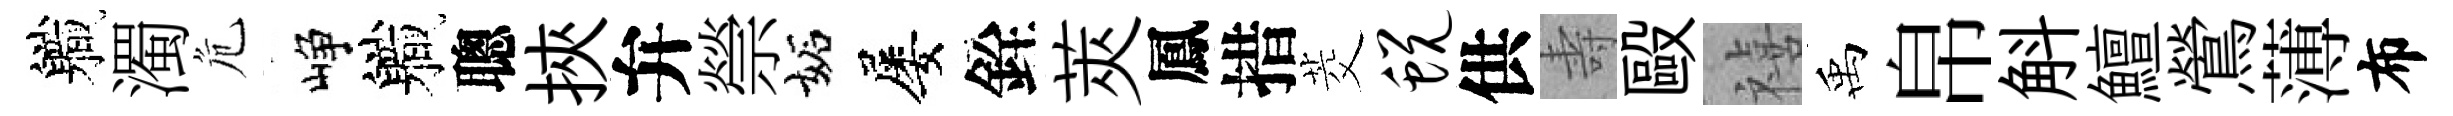
軄濁危峥軄聰挾弁禜妬屡銓莢鳳措茭蜕供壽毆禧禹帛斛鱣鶯薄布